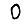
Digit: 0